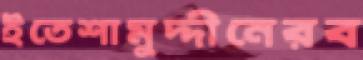
ইতেশামুদ্দীনেরব